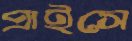
প্রাইসে